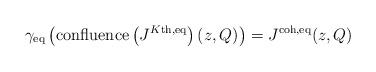
LaTeX: \begin{align*} \gamma_\textnormal{eq}\left( \textnormal{confluence}\left(J^{K\textnormal{th},\textnormal{eq}}\right)(z,Q) \right) = J^{\textnormal{coh},\textnormal{eq}}(z,Q) \end{align*}